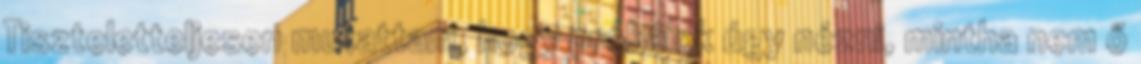
Tiszteletteljesen mutattam, hogy próbálok úgy nézni, mintha nem ő